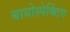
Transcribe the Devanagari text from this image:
बायोस्पेक्‍टिंग